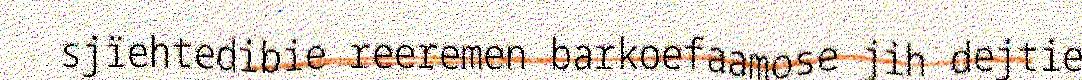
sjïehtedibie reeremen barkoefaamose jih dejtie